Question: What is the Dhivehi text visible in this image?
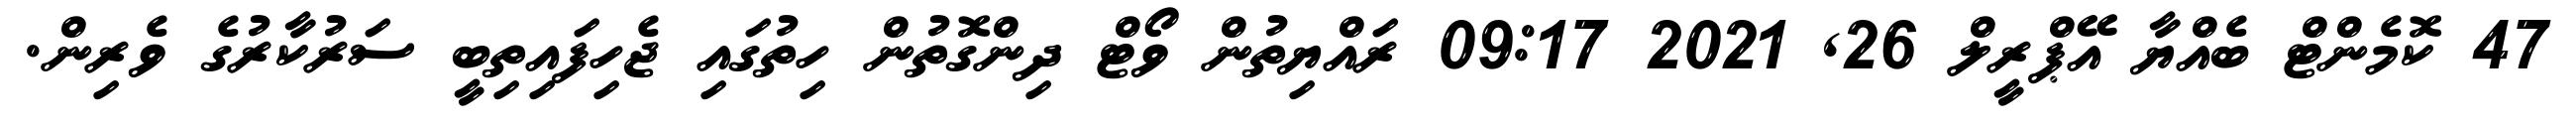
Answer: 47 ކޮމެންޓް ބެއްޔާ އޭޕްރީލް 26, 2021 09:17 ރައްޔިތުން ވޯޓް ދިންގޮތުން ހިތުގައި ޖެހިފައިތިބީ ސަރުކާރުގެ ވެރިން.